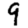
Digit: 9